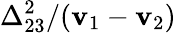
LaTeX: \Delta_{23}^{2}/(\mathbf{v}_{1}-\mathbf{v}_{2})